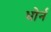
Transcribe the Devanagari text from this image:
धोर्न